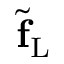
\tilde { \mathbf { f } } _ { \mathrm { L } }